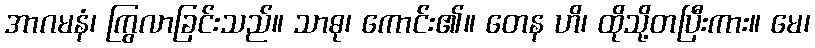
အာဂမနံ၊ ကြွလာခြင်းသည်။ သာဓု၊ ကောင်း၏။ တေန ဟိ၊ ထိုသို့တပြီးကား။ မေ၊